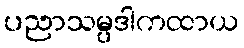
ပညာသမ္ပဒါကထာယ